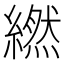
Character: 繎